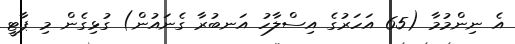
އެ ނިންމުމާ (65 އަހަރުގެ އިސްލާހު އަނބުރާ ގެނައުން) ގުޅިގެން މި ޕާޓީ